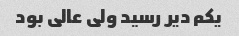
یکم دیر رسید ولی عالی بود